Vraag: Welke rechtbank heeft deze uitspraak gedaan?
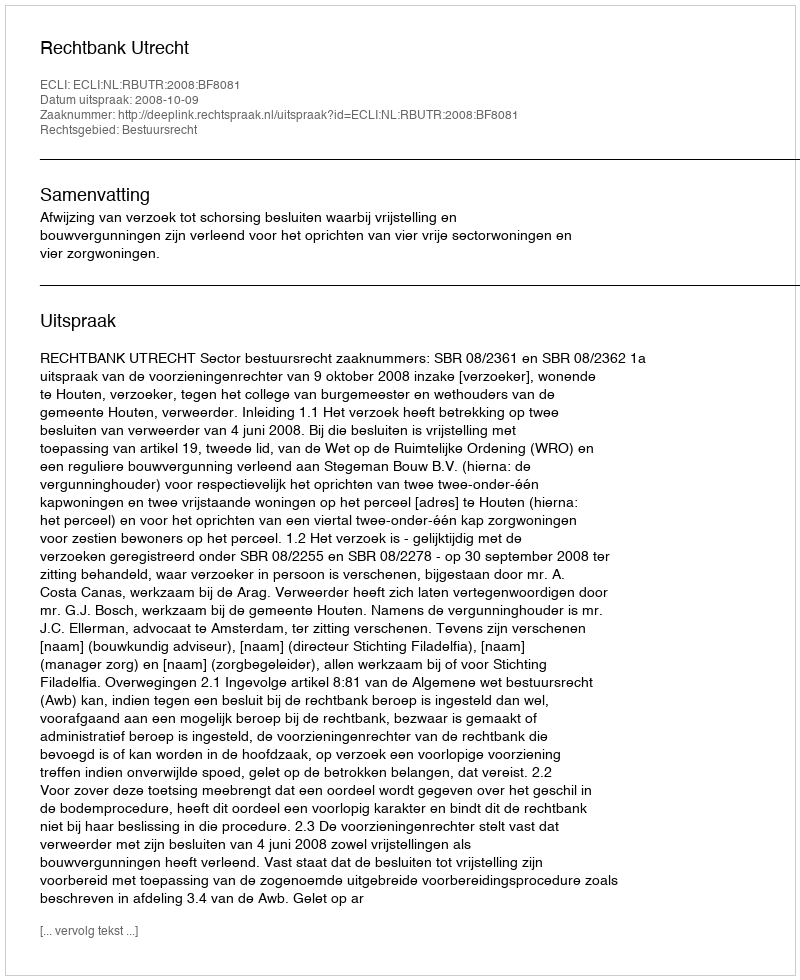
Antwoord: Rechtbank Utrecht